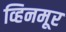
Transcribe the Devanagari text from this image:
व्हिनमूर